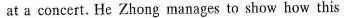
at a concert. He Zhong manages to show how this